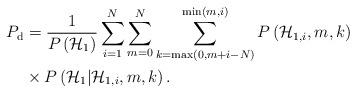
LaTeX: \begin{align*}P_{\mathrm{ d} }&=\frac { 1 }{ P\left( { \mathcal{H} }_{ 1 } \right) } \sum _{ i=1 }^{ N } \sum _{ m=0 }^{ N } \sum _{ k=\max\left( 0,m+i -N \right) }^{ \min\left( m, i \right) }P\left( { \mathcal{H} }_{ 1,i },m,k \right) \\ &\times P\left( { \mathcal{H} }_{ 1 }|{ \mathcal{H} }_{ 1,i },m,k \right).\end{align*}